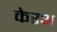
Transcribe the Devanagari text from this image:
केरअ